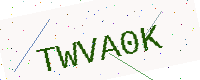
Text: TWVA0K